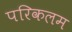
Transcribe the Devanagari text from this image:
परिकलम